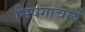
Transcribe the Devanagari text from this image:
भिषगाचार्य